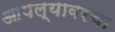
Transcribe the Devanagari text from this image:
आपल्यावरचा